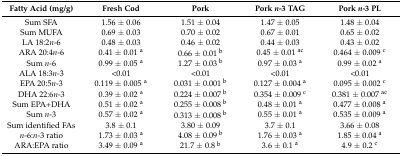
<table><thead><tr><td><b>Fatty Acid (mg/g)</b></td><td><b>Fresh Cod</b></td><td><b>Pork</b></td><td><b>Pork <i>n</i>-3 TAG</b></td><td><b>Pork <i>n</i>-3 PL</b></td></tr></thead><tbody><tr><td>Sum SFA</td><td>1.56 ± 0.06</td><td>1.51 ± 0.04</td><td>1.47 ± 0.05</td><td>1.48 ± 0.04</td></tr><tr><td>Sum MUFA</td><td>0.69 ± 0.03</td><td>0.70 ± 0.02</td><td>0.67 ± 0.01</td><td>0.65 ± 0.02</td></tr><tr><td>LA 18:2<i>n</i>-6</td><td>0.48 ± 0.03</td><td>0.46 ± 0.02</td><td>0.44 ± 0.03</td><td>0.43 ± 0.02</td></tr><tr><td>ARA 20:4<i>n</i>-6</td><td>0.41 ± 0.01 <sup>a</sup></td><td>0.66 ± 0.01 <sup>b</sup></td><td>0.45 ± 0.01 <sup>ac</sup></td><td>0.464 ± 0.009 <sup>c</sup></td></tr><tr><td>Sum <i>n</i>-6</td><td>0.99 ± 0.05 <sup>a</sup></td><td>1.27 ± 0.03 <sup>b</sup></td><td>0.97 ± 0.03 <sup>a</sup></td><td>0.99 ± 0.02 <sup>a</sup></td></tr><tr><td>ALA 18:3<i>n</i>-3</td><td>&lt;0.01</td><td>&lt;0.01</td><td>&lt;0.01</td><td>&lt;0.01</td></tr><tr><td>EPA 20:5<i>n</i>-3 </td><td>0.119 ± 0.005 <sup>a</sup></td><td>0.031 ± 0.001 <sup>b</sup></td><td>0.127 ± 0.004 <sup>a</sup></td><td>0.095 ± 0.002 <sup>c</sup></td></tr><tr><td>DHA 22:6<i>n</i>-3 </td><td>0.39 ± 0.02 <sup>a</sup></td><td>0.224 ± 0.007 <sup>b</sup></td><td>0.354 ± 0.009 <sup>c</sup></td><td>0.381 ± 0.007 <sup>ac</sup></td></tr><tr><td>Sum EPA+DHA</td><td>0.51 ± 0.02 <sup>a</sup></td><td>0.255 ± 0.008 <sup>b</sup></td><td>0.48 ± 0.01 <sup>a</sup></td><td>0.477 ± 0.008 <sup>a</sup></td></tr><tr><td>Sum <i>n</i>-3</td><td>0.57 ± 0.02 <sup>a</sup></td><td>0.313 ± 0.008 <sup>b</sup></td><td>0.55 ± 0.01 <sup>a</sup></td><td>0.535 ± 0.009 <sup>a</sup></td></tr><tr><td>Sum identified FAs</td><td>3.8 ± 0.1</td><td>3.80 ± 0.09</td><td>3.7 ± 0.1</td><td>3.66 ± 0.08</td></tr><tr><td><i>n</i>-6:<i>n</i>-3 ratio</td><td>1.73 ± 0.03 <sup>a</sup></td><td>4.08 ± 0.09 <sup>b</sup></td><td>1.76 ± 0.03 <sup>a</sup></td><td>1.85 ± 0.04 <sup>a</sup></td></tr><tr><td>ARA:EPA ratio</td><td>3.49 ± 0.09 <sup>a</sup></td><td>21.7 ± 0.8 <sup>b</sup></td><td>3.6 ± 0.1 <sup>a</sup></td><td>4.9 ± 0.2 <sup>c</sup></td></tr></tbody></table>